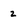
Character: 2